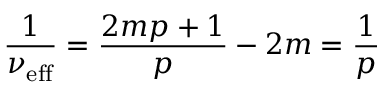
\frac { 1 } { \nu _ { \mathrm { { e f f } } } } = \frac { 2 m p + 1 } { p } - 2 m = \frac { 1 } { p }